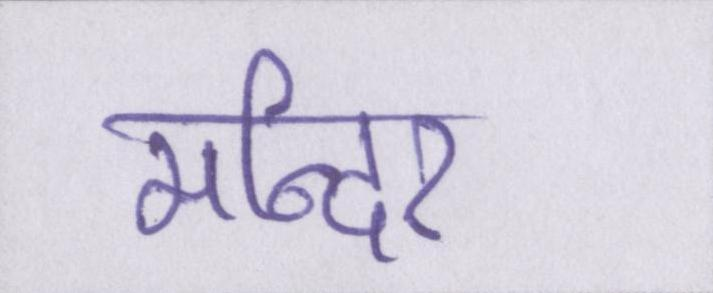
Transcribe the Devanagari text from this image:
मन्दिर